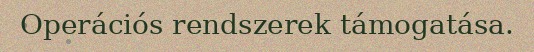
Operációs rendszerek támogatása.